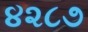
૪૨૮૭